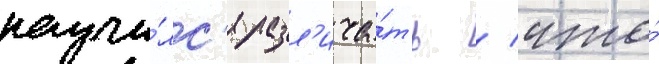
научи́лс'я разл'ича́ть / что́